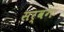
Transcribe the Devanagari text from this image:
सर्वगः